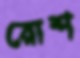
রোশ